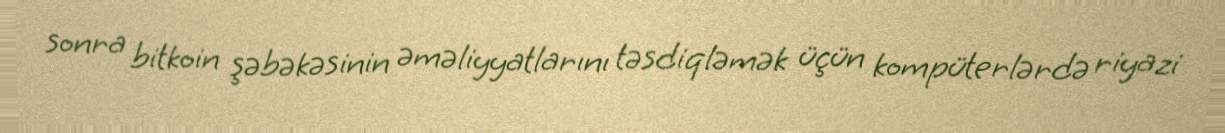
sonra bitkoin şəbəkəsinin əməliyyatlarını təsdiqləmək üçün kompüterlərdə riyazi